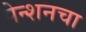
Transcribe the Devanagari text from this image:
पेन्शनचा